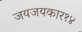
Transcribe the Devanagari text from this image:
जयजयकार१४